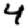
Digit: 4